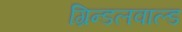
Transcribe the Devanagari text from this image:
ग्रिन्डलवाल्ड